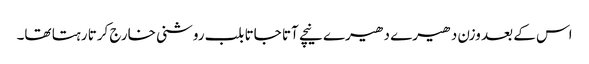
اس کے بعد وزن دھیرے دھیرے نیچے آتا جاتا بلب روشنی خارج کرتا رہتا تھا۔